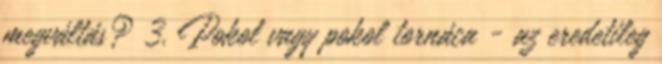
megváltás? 3. Pokol vagy pokol tornáca - az eredetileg